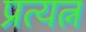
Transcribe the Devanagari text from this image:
प्रत्यत्न